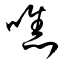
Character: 噍